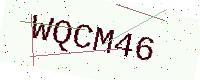
Text: WQCM46